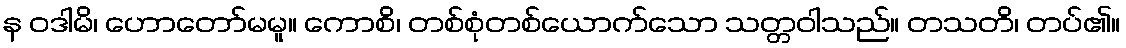
န ဝဒါမိ၊ ဟောတော်မမူ။ ကောစိ၊ တစ်စုံတစ်ယောက်သော သတ္တဝါသည်။ တသတိ၊ တပ်၏။